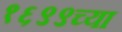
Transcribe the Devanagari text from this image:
१६९९च्या